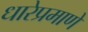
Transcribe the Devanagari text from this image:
धारेप्रमाणे